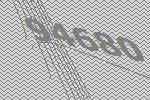
94680